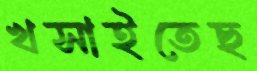
খসাইতেছ